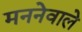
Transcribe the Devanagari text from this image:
मननेवाले